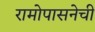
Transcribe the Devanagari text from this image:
रामोपासनेची